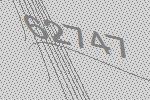
62747